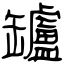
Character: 罏